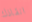
انقاذك